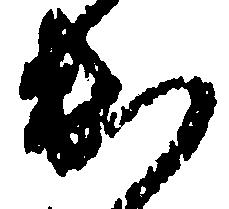
出